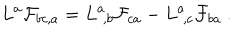
L ^ { a } { \cal F } _ { b c , a } = L ^ { a } \! _ { , b } { \cal F } _ { c a } - L ^ { a } \! _ { , c } { \cal F } _ { b a } \ .